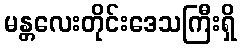
မန္တလေးတိုင်းဒေသကြီးရှိ